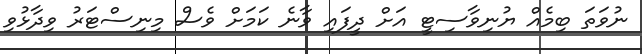
ނުވަތަ ބިމެއް ޔުނިވާސިޓީ އަށް ދީފައި ވާނެ ކަމަށް ވެސް މިނިސްޓަރު ވިދާޅުވި